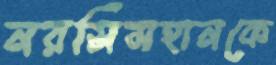
নরসিমহানকে